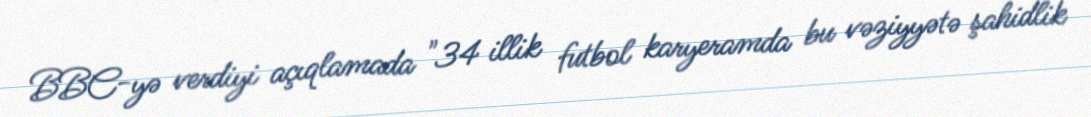
BBC-yə verdiyi açıqlamada "34 illik futbol karyeramda bu vəziyyətə şahidlik